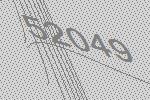
52049